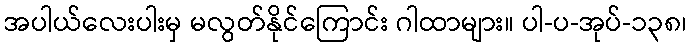
အပါယ်လေးပါးမှ မလွတ်နိုင်ကြောင်း ဂါထာများ။ ပါ-ပ-အုပ်-၁၃၈၊